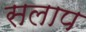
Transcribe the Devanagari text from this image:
सलाप